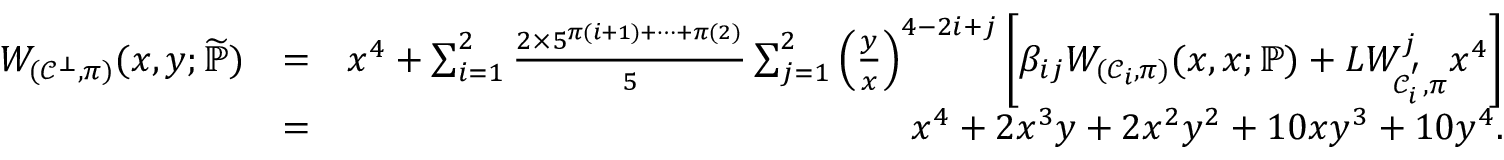
\begin{array} { r l r } { W _ { ( \mathcal { C } ^ { \bot } , \pi ) } ( x , y ; \widetilde { \mathbb { P } } ) } & { = } & { x ^ { 4 } + \sum _ { i = 1 } ^ { 2 } \frac { 2 \times 5 ^ { \pi ( i + 1 ) + \cdots + \pi ( 2 ) } } { 5 } \sum _ { j = 1 } ^ { 2 } \left( \frac { y } { x } \right) ^ { 4 - 2 i + j } \left[ \beta _ { i j } W _ { ( \mathcal { C } _ { i } , \pi ) } ( x , x ; \mathbb { P } ) + L W _ { \mathcal { C } _ { i } ^ { ' } , \pi } ^ { j } x ^ { 4 } \right] } \\ & { = } & { x ^ { 4 } + 2 x ^ { 3 } y + 2 x ^ { 2 } y ^ { 2 } + 1 0 x y ^ { 3 } + 1 0 y ^ { 4 } . } \end{array}